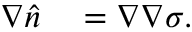
\begin{array} { r l } { \nabla \widehat { n } } & { { } = \nabla \nabla \sigma . } \end{array}